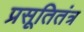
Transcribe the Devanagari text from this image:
प्रसूतितंत्र